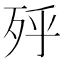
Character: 𣧯